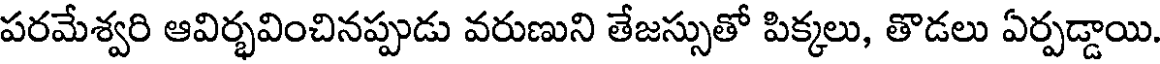
పరమేశ్వరి ఆవిర్భవించినప్పుడు వరుణుని తేజస్సుతో పిక్కలు, తొడలు ఏర్పడ్డాయి.